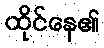
ထိုင်နေ၏